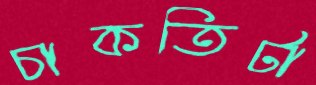
চাকতিটা